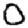
Digit: 0